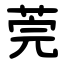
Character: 莞